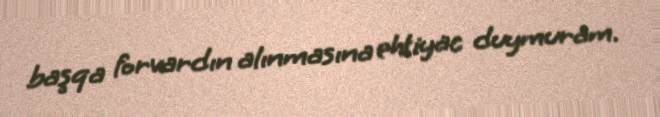
başqa forvardın alınmasına ehtiyac duymuram.